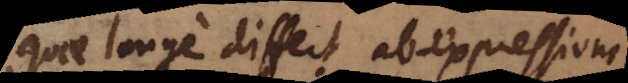
quae longe differt ab expressione